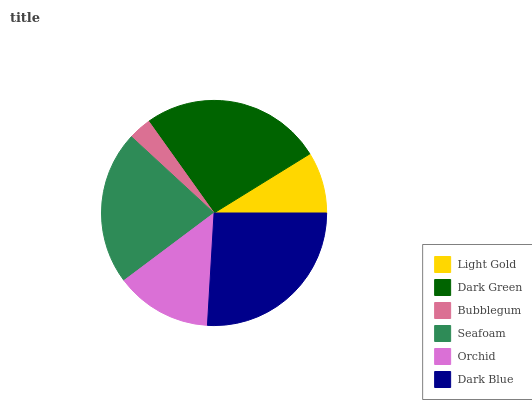
| Light Gold | Dark Green | Bubblegum | Seafoam | Orchid | Dark Blue |
 | --- | --- | --- | --- | --- | --- |
 | 8.79% | 26.1% | 3.29% | 22.1% | 13.8% | 25.9% |